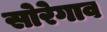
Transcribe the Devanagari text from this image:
सोरेगाव